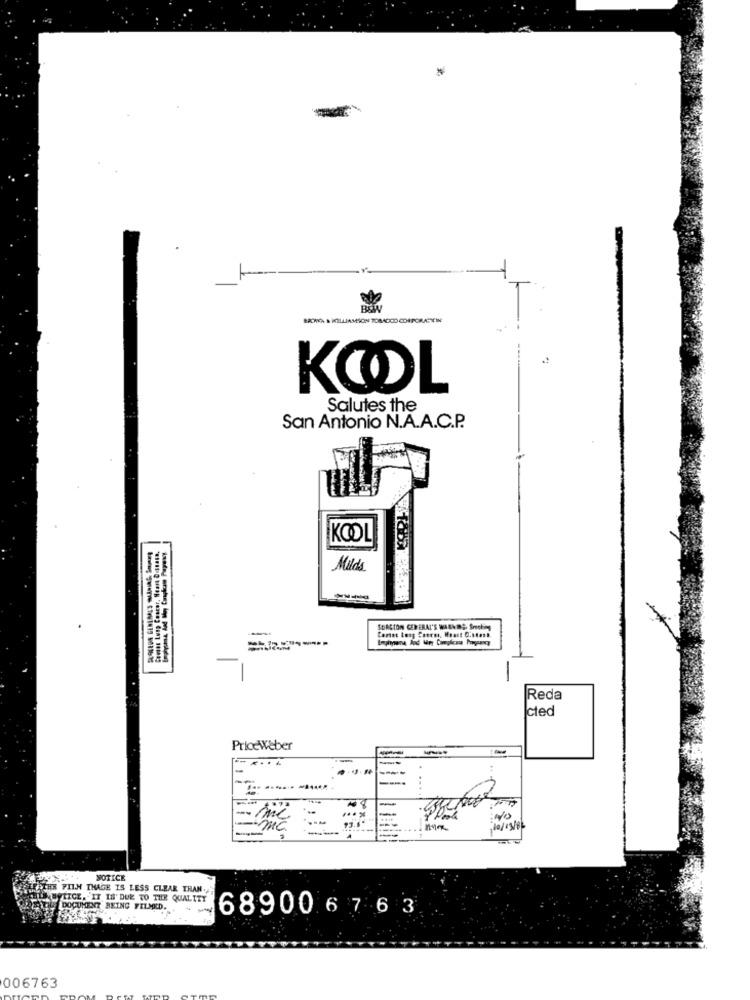
BACHKA & WILLIAMSON TOMADICID CORPORATEIN
KOOL
Salutes the
San Antonio N.A.A.C.P.
KOOL
Comos Lunp Coscor, Near Dosnasa,
Milds
SOACION GENERAL'S WARNES. Shocking
-
Reda
cted
PriceWeber
.....
-
---
----
---
NO
-
MG
-------
NOTICE
TURTHS FILH THAGE IS LESS CLEAR THAN.
LE BYTICE, IT IS' DUE TO THE QUALITY
DOCUMENT BEING FELMILD.
689006763
006763